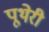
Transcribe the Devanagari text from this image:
पूथेरी